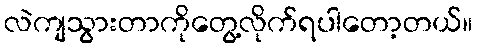
လဲကျသွားတာကိုတွေ့လိုက်ရပါတော့တယ်။